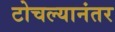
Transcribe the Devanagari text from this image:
टोचल्यानंतर